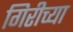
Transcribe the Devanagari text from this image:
गिरीच्या